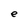
Character: e